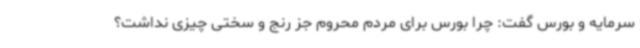
سرمایه و بورس گفت: چرا بورس برای مردم محروم جز رنج و سختی چیزی نداشت؟